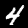
Digit: 4